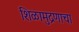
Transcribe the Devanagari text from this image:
शिळामुद्रणाचा